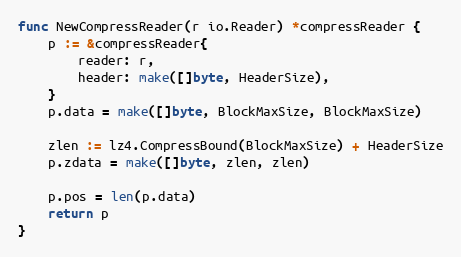
Language: Go
func NewCompressReader(r io.Reader) *compressReader {
	p := &compressReader{
		reader: r,
		header: make([]byte, HeaderSize),
	}
	p.data = make([]byte, BlockMaxSize, BlockMaxSize)

	zlen := lz4.CompressBound(BlockMaxSize) + HeaderSize
	p.zdata = make([]byte, zlen, zlen)

	p.pos = len(p.data)
	return p
}